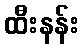
ထီးနန်း